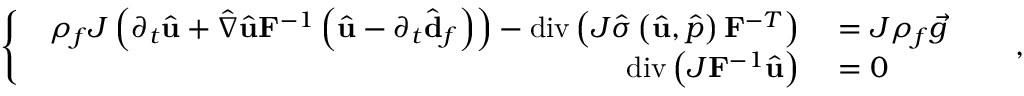
\left\{ \begin{array} { l l } { \begin{array} { r l } { \rho _ { f } J \left( \partial _ { t } \hat { \mathbf { u } } + \hat { \nabla } \hat { \mathbf { u } } \mathbf { F } ^ { - 1 } \left( \hat { \mathbf { u } } - \partial _ { t } \hat { \mathbf { d } } _ { f } \right) \right) - \operatorname { d i v } \left( J \hat { \boldsymbol { \sigma } } \left( \hat { \mathbf { u } } , \hat { p } \right) \mathbf { F } ^ { - T } \right) } & { { } = J \rho _ { f } \vec { g } \quad } \\ { \operatorname { d i v } \left( J \mathbf { F } ^ { - 1 } \hat { \mathbf { u } } \right) } & { { } = 0 \quad } \end{array} } \end{array} \right. ,